Annual administration and progress report of the Indian Medical Department, Bombay
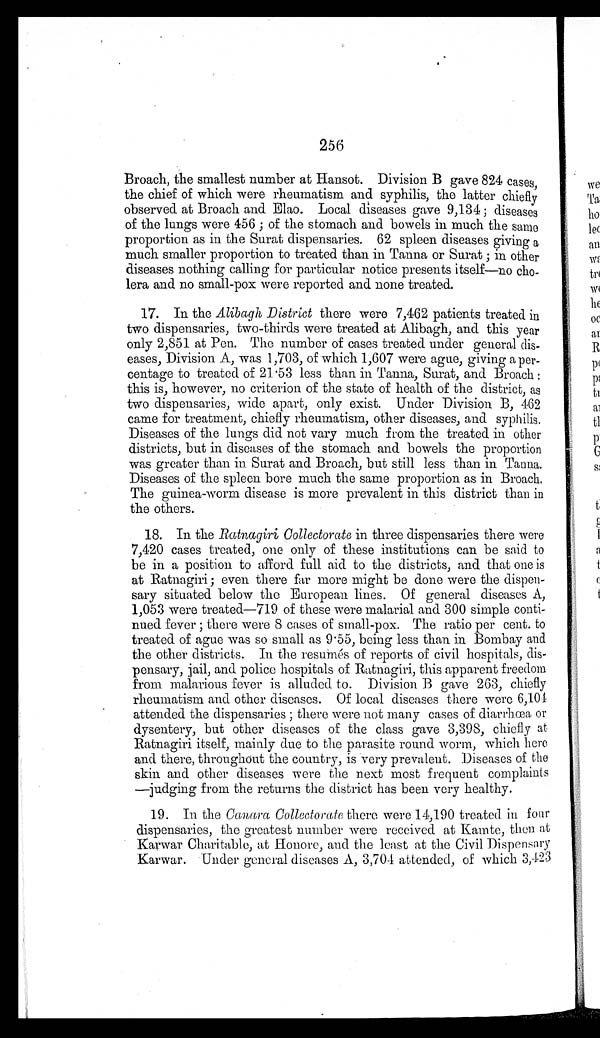
256
Broach, the smallest number at Hansot. Division B gave 824 cases,
the chief of which were rheumatism and syphilis, the latter chiefly
observed at Broach and Elao. Local diseases gave 9,134; diseases
of the lungs were 456; of the stomach and bowels in much the same
proportion as in the Surat dispensaries. 62 spleen diseases giving a
much smaller proportion to treated than in Tanna or Surat; in other
diseases nothing calling for particular notice presents itself—no cho
-
lera and no small-pox were reported and none treated.
17. In the Alibagh District there were 7,462 patients treated in
two dispensaries, two-thirds were treated at Alibagh, and this year
only 2,851 at Pen. The number of cases treated under general dis
-
eases, Division A, was 1,703, of which 1,607 were ague, giving a per
-
centage to treated of 21.53 less than in Tanna, Surat, and Broach:
this is, however, no criterion of the state of health of the district, as
two dispensaries, wide apart, only exist. Under Division B, 462
came for treatment, chiefly rheumatism, other diseases, and syphilis.
Diseases of the lungs did not vary much from the treated in other
districts, but in diseases of the stomach and bowels the proportion
was greater than in Surat and Broach, but still less than in Tanna.
Diseases of the spleen bore much the same proportion as in Broach.
The guinea-worm disease is more prevalent in this district than in
the others.
18. In the Ratnagiri Collectorate in three dispensaries there were
7,420 cases treated, one only of these institutions can be said to
be in a position to afford full aid to the districts, and that one is
at Ratnagiri; even there far more might be done were the dispen
-
sary situated below the European lines. Of general diseases A,
1,053 were treated—719 of these were malarial and 300 simple conti
-
nued fever; there were 8 cases of small-pox. The ratio per cent. to
treated of ague was so small as 9.55, being less than in Bombay and
the other districts. In the resumés of reports of civil hospitals, dis
-
pensary, jail, and police hospitals of Ratnagiri, this apparent freedom
from malarious fever is alluded to. Division B gave 263, chiefly
rheumatism and other diseases. Of local diseases there were 6,104
attended the dispensaries; there were not many cases of diarrhœa or
dysentery, but other diseases of the class gave 3,398, chiefly at
Ratnagiri itself, mainly due to the parasite round worm, which here
and there, throughout the country, is very prevalent. Diseases of the
skin and other diseases were the next most frequent complaints
—judging from the returns the district has been very healthy.
19. In the Canara Collectorate there were 14,190 treated in four
dispensaries, the greatest number were received at Kamte, then at
Karwar Charitable, at Honore, and the least at the Civil Dispensary
Karwar. Under general diseases A, 3,704 attended, of which 3,423